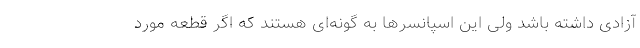
آزادی داشته باشد ولی این اسپانسرها به گونه‌ای هستند که اگر قطعه مورد